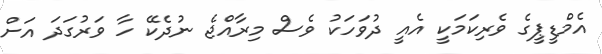
އެމްޑީޕީގެ ވެރިކަމަކީ އެއީ ދުވަހަކު ވެސް މިރާއްޖެ ނުދެކޭ ހާ ވަރުގަދަ އަށް